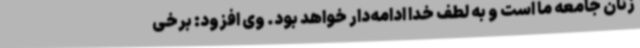
زنان جامعه ما است و به لطف خدا ادامه‌دار خواهد بود. وی افزود: برخی